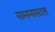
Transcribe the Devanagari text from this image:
सममासात